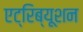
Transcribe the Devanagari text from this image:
एट्रिब्यूशन